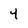
Character: 4